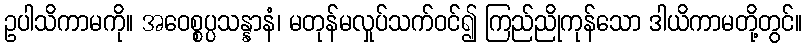
ဥပါသိကာမကို။ အဝေစ္စပ္ပသန္နာနံ၊ မတုန်မလှုပ်သက်ဝင်၍ ကြည်ညိုကုန်သော ဒါယိကာမတို့တွင်။